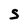
Character: S